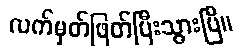
လက်မှတ်ဖြတ်ပြီးသွားပြီ။